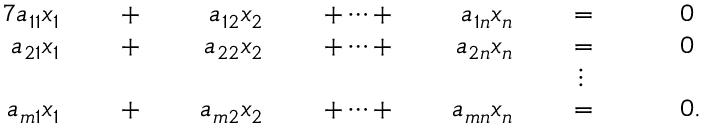
{ \begin{array} { r l r l r l r l r l r l r l } { { 7 } a _ { 1 1 } x _ { 1 } } & { } & { \; + \; } & { } & { a _ { 1 2 } x _ { 2 } } & { } & { \; + \cdots + \; } & { } & { a _ { 1 n } x _ { n } } & { } & { \; = \; } & { } & & { 0 } \\ { a _ { 2 1 } x _ { 1 } } & { } & { \; + \; } & { } & { a _ { 2 2 } x _ { 2 } } & { } & { \; + \cdots + \; } & { } & { a _ { 2 n } x _ { n } } & { } & { \; = \; } & { } & & { 0 } \\ & { } & & { } & & { } & & { } & & { } & { \vdots \; \ } & { } & & { } \\ { a _ { m 1 } x _ { 1 } } & { } & { \; + \; } & { } & { a _ { m 2 } x _ { 2 } } & { } & { \; + \cdots + \; } & { } & { a _ { m n } x _ { n } } & { } & { \; = \; } & { } & & { 0 . } \end{array} }